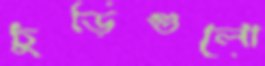
চুড়িগুলো